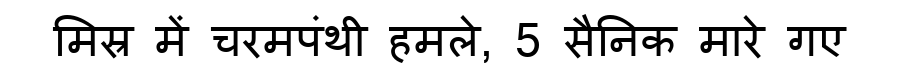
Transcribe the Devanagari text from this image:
मिस्र में चरमपंथी हमले, 5 सैनिक मारे गए